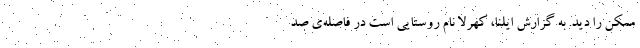
ممکن را دید. به گزارش ایلنا، کُهرِلا نام روستایی است در فاصله‌ی صد